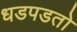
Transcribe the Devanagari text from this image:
धडपडतो